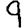
Digit: 9